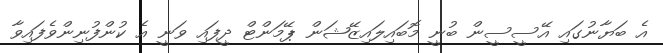
އެ ބަޔާނުގައި އޭސީސީން ބުނީ މޮބައިލައިޒޭޝަން ޕޭމަންޓް ދީފައި ވަނީ އެ ކުންފުނިންވެފައިވާ